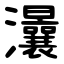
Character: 㶞